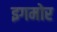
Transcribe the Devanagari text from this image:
इगमोर